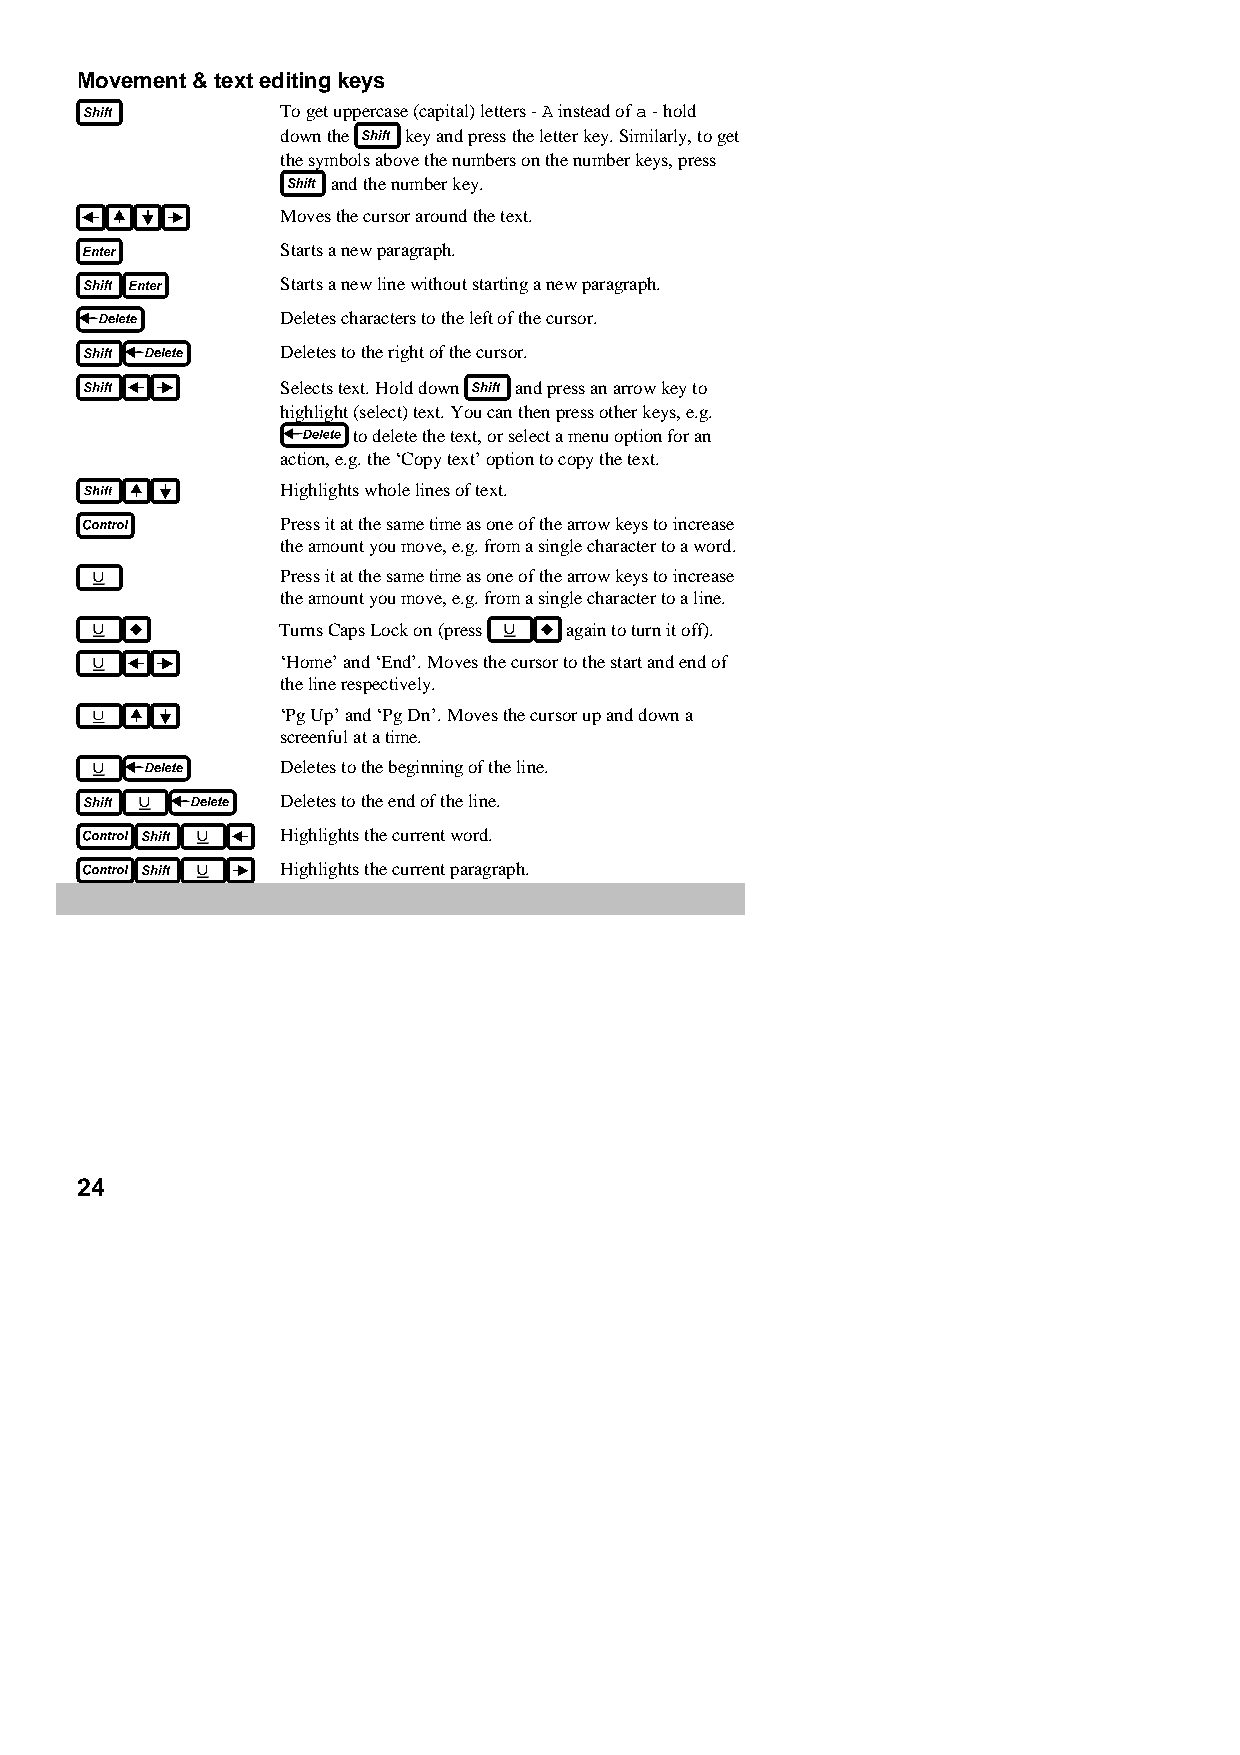
Movement & text editing keys
 To get uppercase (capital) letters - A instead of a - hold
 down the key and press the letter key. Similarly, to get
 the symbols above the numbers on the number keys, press
 and the number key.
 Moves the cursor around the text.
 Starts a new paragraph.
 Starts a new line without starting a new paragraph.
 Deletes characters to the left of the cursor.
 Deletes to the right of the cursor.
 Selects text. Hold down and press an arrow key to
 highlight (select) text. You can then press other keys, e.g.
 to delete the text, or select a menu option for an
 action, e.g. the ‘Copy text’ option to copy the text.
 Highlights whole lines of text.
 Press it at the same time as one of the arrow keys to increase
 the amount you move, e.g. from a single character to a word.
 Press it at the same time as one of the arrow keys to increase
 the amount you move, e.g. from a single character to a line.
 Turns Caps Lock on (press again to turn it off).
 ‘Home’ and ‘End’. Moves the cursor to the start and end of
 the line respectively.
 ‘Pg Up’ and ‘Pg Dn’. Moves the cursor up and down a
 screenful at a time.
 Deletes to the beginning of the line.
 Deletes to the end of the line.
 Highlights the current word.
 Highlights the current paragraph.
 24